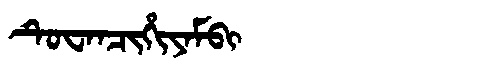
Manchu: ᡨᡠᠸᠠᠨᠴᡳᡥᡳᠶᠠᠮᠪᡳ
Romanization: TUWANCIHIYAMBI